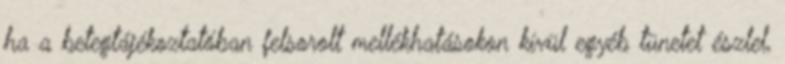
ha a betegtájékoztatóban felsorolt mellékhatásokon kívül egyéb tünetet észlel,